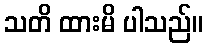
သတိ ထားမိ ပါသည်။